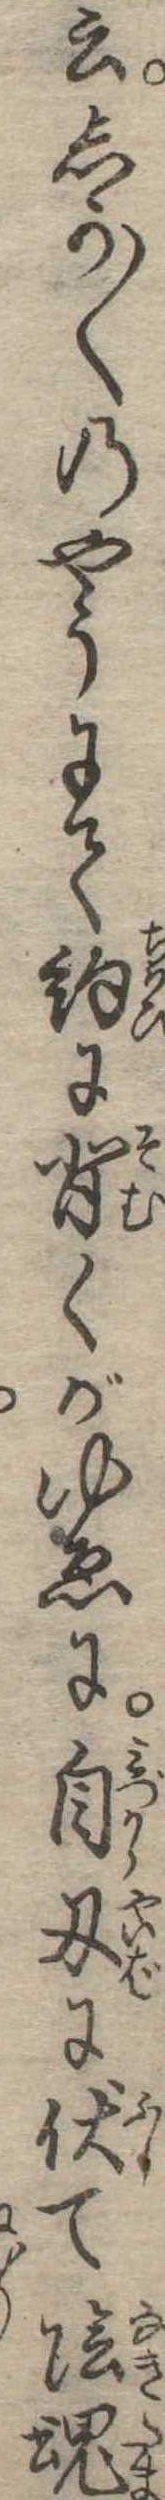
云しか〱のやうにて約に背くがゆゑに自刃に伏て陰魂